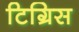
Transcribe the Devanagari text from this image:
टिग्रिस